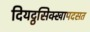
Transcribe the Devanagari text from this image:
दियट्ठसिक्खापदसत